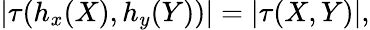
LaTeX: |\tau(h_{x}(X),h_{y}(Y))|=|\tau(X,Y)|,